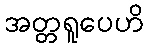
အတ္တရူပေဟိ